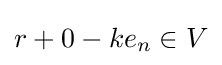
r+0-ke_{n}\in V